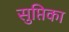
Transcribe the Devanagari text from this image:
सुप्तिका